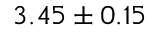
3 . 4 5 \pm 0 . 1 5